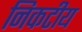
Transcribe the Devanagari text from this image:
निकटीय